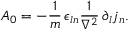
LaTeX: A _ { 0 } = - \frac { 1 } { m } \, \epsilon _ { l n } \frac { 1 } { \nabla ^ { 2 } } \, \partial _ { l } j _ { n } .